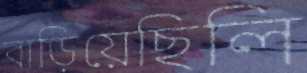
বাড়িয়েছিলি